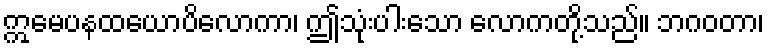
ဣမေပနထယောပိလောကာ၊ ဤသုံးပါးသော လောကတို့သည်။ ဘဂဝတာ၊